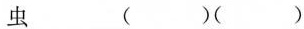
虫___（）（）